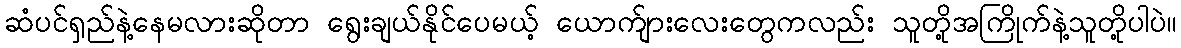
ဆံပင်ရှည်နဲ့နေမလားဆိုတာ ရွေးချယ်နိုင်ပေမယ့် ယောက်ျားလေးတွေကလည်း သူတို့အကြိုက်နဲ့သူတို့ပါပဲ။